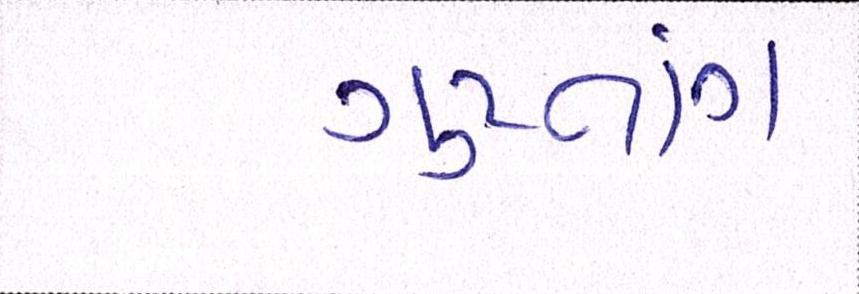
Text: ગુપ્તાંગ